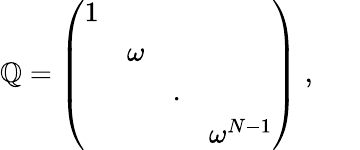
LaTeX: \mathbb{Q}=\left(\begin{array}{cccc}{{1}}&{{}}&{{}}&{{}}\\ {{}}&{{\omega}}&{{}}&{{}}\\ {{}}&{{}}&{{.}}&{{}}\\ {{}}&{{}}&{{}}&{{\omega^{N-1}}}\end{array}\right)\; ,\; \; \; \; \; \;